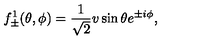
f _ { \pm } ^ { 1 } ( \theta , \phi ) = \frac { 1 } { \sqrt { 2 } } v \sin \theta e ^ { \pm i \phi } ,